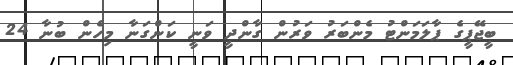
ބީޖޭޕީގެ ޕާލަމަންޓު މެންބަރު ވަރުން ގާންދީ ވަނީ ކަންގަނާ މިހެން ބުނާ 24